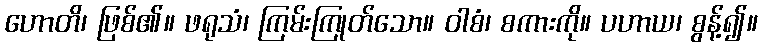
ဟောတိ၊ ဖြစ်၏။ ဖရုသံ၊ ကြမ်းကြုတ်သော။ ဝါစံ၊ စကားကို။ ပဟာယ၊ စွန့်၍။